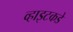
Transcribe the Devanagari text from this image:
व्हाइटकडे